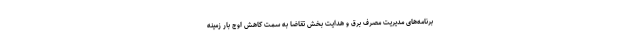
برنامه‌های مدیریت مصرف برق و هدایت بخش تقاضا به سمت کاهش اوج بار زمینه